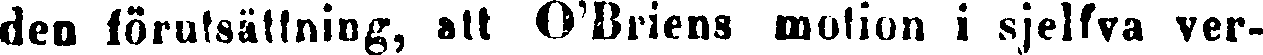
den förutsättning, att O'Briens motion i sjelfva ver-